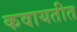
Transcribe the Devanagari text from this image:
कवायतीत